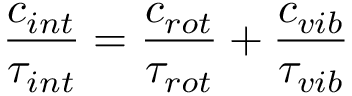
\frac { c _ { i n t } } { \tau _ { i n t } } = \frac { c _ { r o t } } { \tau _ { r o t } } + \frac { c _ { v i b } } { \tau _ { v i b } }